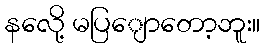
နလေို့ မပြျောတော့ဘူး။